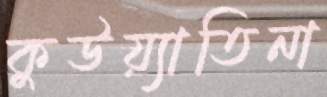
কুউয়্যাতিনা